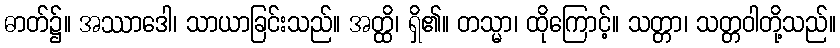
ဓာတ်၌။ အဿာဒေါ၊ သာယာခြင်းသည်။ အတ္ထိ၊ ရှိ၏။ တသ္မာ၊ ထိုကြောင့်။ သတ္တာ၊ သတ္တဝါတို့သည်။